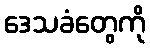
ဒေသခံတွေကို